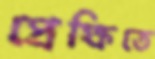
প্রেক্ষিতে